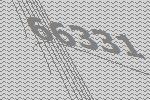
66331